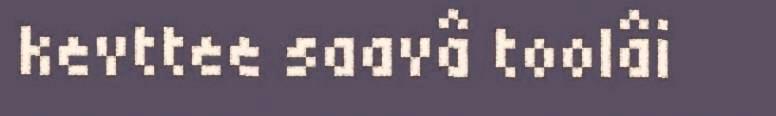
kevttee saavâ toolâi